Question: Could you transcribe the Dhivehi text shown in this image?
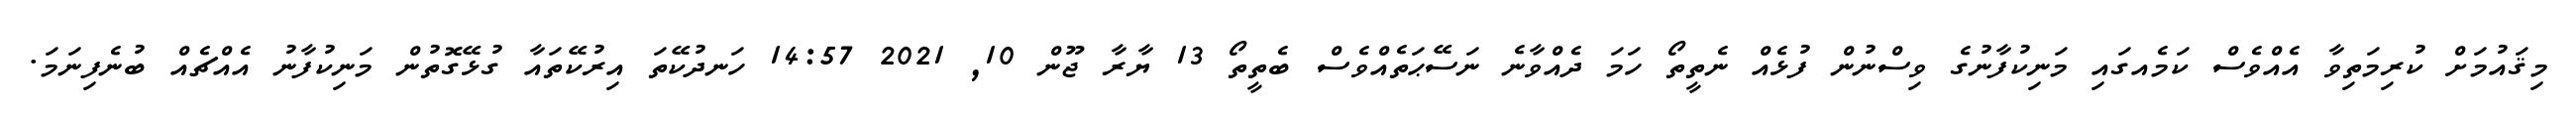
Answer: މިޤައުމަށް ކުރިމަތިވާ އެއްވެސް ކަމެއގައި މަނިކުފާނުގެ ވިސްނުން ފުޅެއް ނެތީތޯ ހަމަ ދެއްވާނެ ނަސޭޙަތެއްވެސް ބެތީތޯ 13 ޔާރާ ޖޫން 10, 2021 14:57 ހަނދުކޭތަ އިރުކޭތައާ ގުޅޭގޮތުން މަނިކުފާނު އެއްޗެއް ބުނެފިނަމަ.